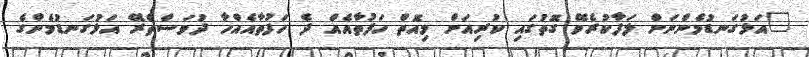
"އަޅުގަނޑުމެންނަށް ލަފާކުރެވޭ ގޮތުގައި ކުރިއަށް މިއޮތް ހަފުތާއެއް ދެ ހަފުތާއެއްހާ ދުވަސްތެރޭ އަޅުގަނޑުމެންގެ